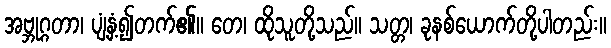
အဗ္ဘုဂ္ဂတာ၊ ပျံ့နှံ့၍တက်၏။ တေ၊ ထိုသူတို့သည်။ သတ္တ၊ ခုနစ်ယောက်တို့ပါတည်း။